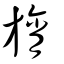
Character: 旓